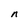
Character: n